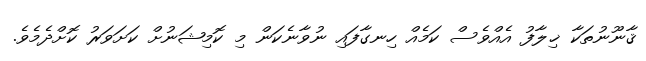
ޤާނޫނުތަކާ ޚިލާފު އެއްވެސް ކަމެއް ހިނގާފައި ނުވާނެކަން މި ކޮމިޝަނުށް ކަށަވަރު ކޮށްދެމެވެ.